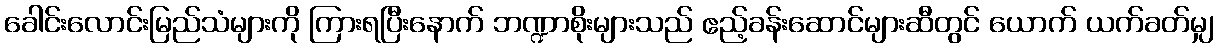
ခေါင်းလောင်းမြည်သံများကို ကြားရပြီးနောက် ဘဏ္ဍာစိုးများသည် ဧည့်ခန်းဆောင်များဆီတွင် ယောက် ယက်ခတ်မျှ